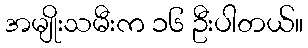
အမျိုးသမီးက ၁၆ ဦးပါတယ်။